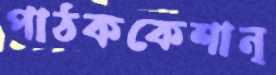
পাঠককেশান্